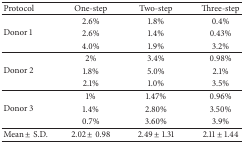
<table><thead><tr><td><b>Protocol</b></td><td><b>One-step</b></td><td><b>Two-step</b></td><td><b>Three-step</b></td></tr></thead><tbody><tr><td rowspan="3">Donor 1</td><td>2.6%</td><td>1.8%</td><td> 0.4%</td></tr><tr><td>2.6%</td><td>1.4%</td><td> 0.43%</td></tr><tr><td>4.0% </td><td>1.9% </td><td> 3.2% </td></tr><tr><td rowspan="3">Donor 2</td><td> 2%</td><td>3.4%</td><td> 0.98%</td></tr><tr><td>1.8%</td><td>5.0%</td><td>2.1%</td></tr><tr><td>2.1%</td><td>1.0%</td><td>3.5% </td></tr><tr><td rowspan="3">Donor 3</td><td> 1%</td><td>1.47%</td><td>0.96%</td></tr><tr><td>1.4%</td><td>2.80%</td><td>3.50%</td></tr><tr><td>0.7%</td><td>3.60%</td><td> 3.9% </td></tr><tr><td>Mean ± S.D.</td><td>2.02 ± 0.98</td><td>2.49 ± 1.31</td><td>2.11 ± 1.44 </td></tr></tbody></table>